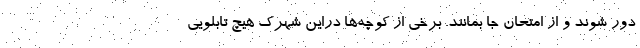
دور شوند و از امتحان جا بمانند. برخی از کوچه‌ها دراین شهرک هیچ تابلویی